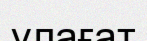
ұлағат